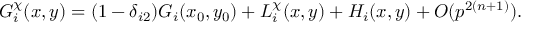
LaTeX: G _ { i } ^ { \chi } ( x , y ) = ( 1 - \delta _ { i 2 } ) G _ { i } ( x _ { 0 } , y _ { 0 } ) + L _ { i } ^ { \chi } ( x , y ) + H _ { i } ( x , y ) + O ( p ^ { 2 ( n + 1 ) } ) .